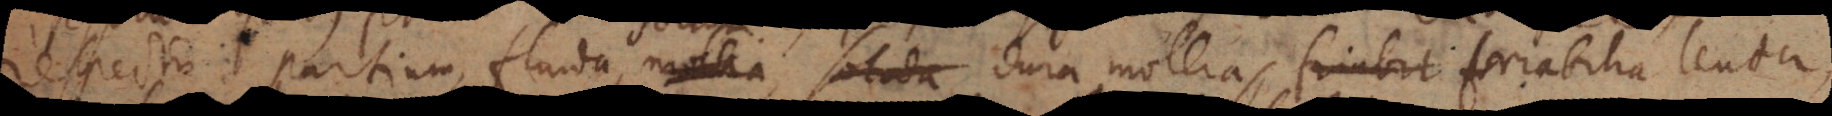
respectu partium, fluida, mollia, solida, dura, mollia, friabilia, lenta,